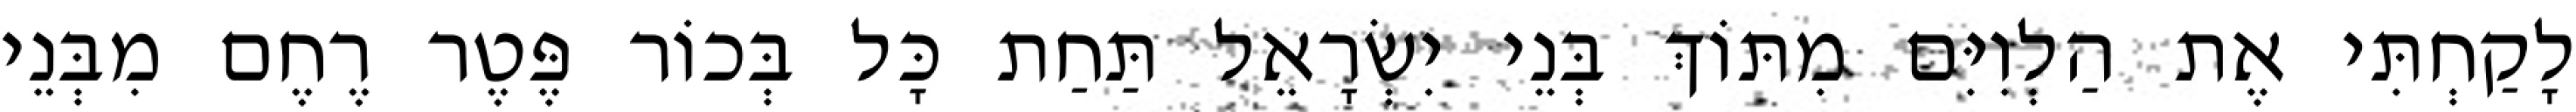
לָקַחְתִּי אֶת הַלְוִיִּם מִתּוֹךְ בְּנֵי יִשְׂרָאֵל תַּחַת כָּל בְּכוֹר פֶּטֶר רֶחֶם מִבְּנֵי